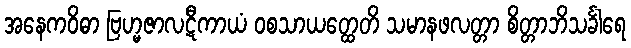
အနေကဝိဓာ ဗြဟ္မဇာလဋီကာယံ ဝစသာယတ္ထေတိ သမာနဖလတ္တာ စိတ္တာဘိသင်္ခါရေ